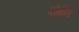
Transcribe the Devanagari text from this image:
वोमैन